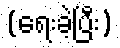
(ရေးခဲ့ပြီး)